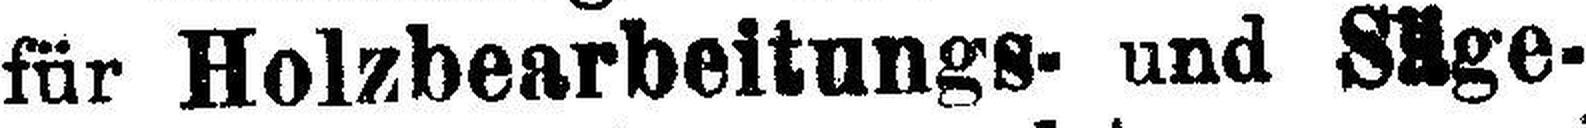
für Holzbearbeitung- und Säge¬